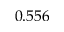
0 . 5 5 6